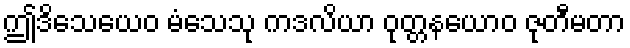
ဤဒိသေယေဝ မံသေသု ကဒလိယာ ဝုတ္တနယောဝ ဇုတီမတာ